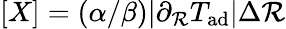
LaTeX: [X]=(\alpha/\beta)|\partial_{\mathcal{R}}T_{\mathrm{{ad}}}|\Delta\mathcal{R}